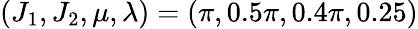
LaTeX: (J_{1},J_{2},\mu,\lambda)=(\pi,0.5\pi,0.4\pi,0.25)